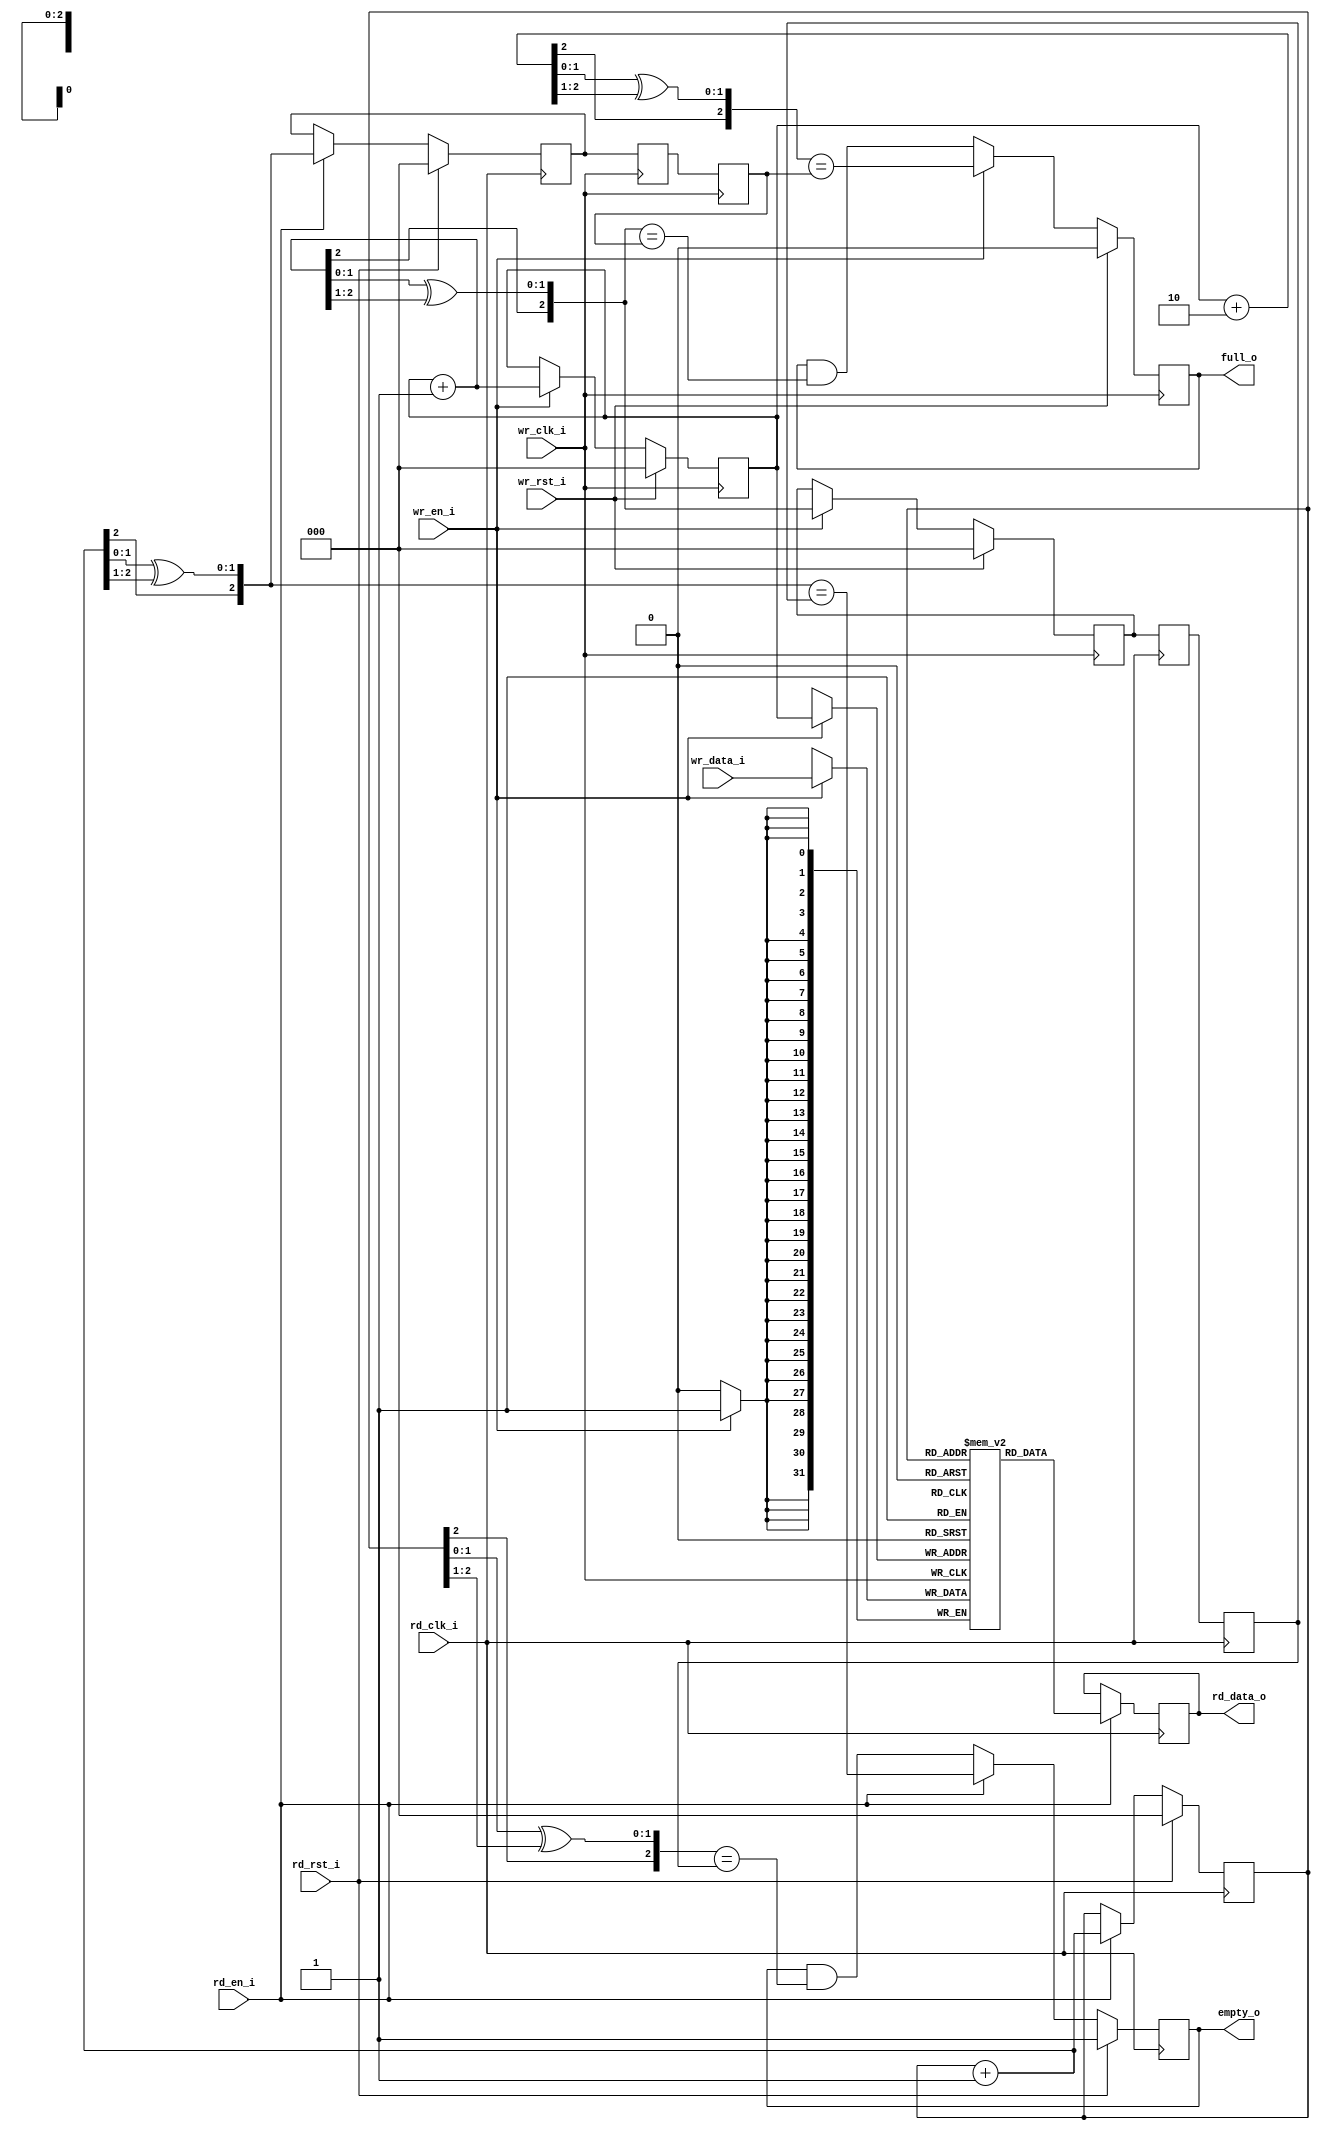
/*
 * Copyright (c) 2012, Stefan Kristiansson <stefan.kristiansson@saunalahti.fi>
 * All rights reserved.
 *
 * Based on vga_fifo_dc.v in Richard Herveille's VGA/LCD core
 * Copyright (C) 2001 Richard Herveille <richard@asics.ws>
 *
 * Redistribution and use in source and non-source forms, with or without
 * modification, are permitted provided that the following conditions are met:
 *     * Redistributions of source code must retain the above copyright
 *       notice, this list of conditions and the following disclaimer.
 *     * Redistributions in non-source form must reproduce the above copyright
 *       notice, this list of conditions and the following disclaimer in the
 *       documentation and/or other materials provided with the distribution.
 *
 * THIS WORK IS PROVIDED BY THE COPYRIGHT HOLDERS AND CONTRIBUTORS "AS IS"
 * AND ANY EXPRESS OR IMPLIED WARRANTIES, INCLUDING, BUT NOT LIMITED TO,
 * THE IMPLIED WARRANTIES OF MERCHANTABILITY AND FITNESS FOR A PARTICULAR
 * PURPOSE ARE DISCLAIMED. IN NO EVENT SHALL THE COPYRIGHT HOLDER OR
 * CONTRIBUTORS BE LIABLE FOR ANY DIRECT, INDIRECT, INCIDENTAL, SPECIAL,
 * EXEMPLARY, OR CONSEQUENTIAL DAMAGES (INCLUDING, BUT NOT LIMITED TO,
 * PROCUREMENT OF SUBSTITUTE GOODS OR SERVICES;
 * LOSS OF USE, DATA, OR PROFITS; OR BUSINESS INTERRUPTION) HOWEVER CAUSED AND
 * ON ANY THEORY OF LIABILITY, WHETHER IN CONTRACT, STRICT LIABILITY, OR TORT
 * (INCLUDING NEGLIGENCE OR OTHERWISE) ARISING IN ANY WAY OUT OF THE USE OF THIS
 * WORK, EVEN IF ADVISED OF THE POSSIBILITY OF SUCH DAMAGE.
 */

module dual_clock_fifo #(
	parameter ADDR_WIDTH = 3,
	parameter DATA_WIDTH = 32
)
(
	input wire 			wr_rst_i,
	input wire 			wr_clk_i,
	input wire 			wr_en_i,
	input wire [DATA_WIDTH-1:0]	wr_data_i,

	input wire 			rd_rst_i,
	input wire 			rd_clk_i,
	input wire 			rd_en_i,
	output reg [DATA_WIDTH-1:0]	rd_data_o,

	output reg 			full_o,
	output reg 			empty_o
);

reg [ADDR_WIDTH-1:0]	wr_addr;
reg [ADDR_WIDTH-1:0]	wr_addr_gray;
reg [ADDR_WIDTH-1:0]	wr_addr_gray_rd;
reg [ADDR_WIDTH-1:0]	wr_addr_gray_rd_r;
reg [ADDR_WIDTH-1:0]	rd_addr;
reg [ADDR_WIDTH-1:0]	rd_addr_gray;
reg [ADDR_WIDTH-1:0]	rd_addr_gray_wr;
reg [ADDR_WIDTH-1:0]	rd_addr_gray_wr_r;

function [ADDR_WIDTH-1:0] gray_conv;
input [ADDR_WIDTH-1:0] in;
begin
	gray_conv = {in[ADDR_WIDTH-1],
		     in[ADDR_WIDTH-2:0] ^ in[ADDR_WIDTH-1:1]};
end
endfunction

always @(posedge wr_clk_i) begin
	if (wr_rst_i) begin
		wr_addr <= 0;
		wr_addr_gray <= 0;
	end else if (wr_en_i) begin
		wr_addr <= wr_addr + 1'b1;
		wr_addr_gray <= gray_conv(wr_addr + 1'b1);
	end
end

// synchronize read address to write clock domain
always @(posedge wr_clk_i) begin
	rd_addr_gray_wr <= rd_addr_gray;
	rd_addr_gray_wr_r <= rd_addr_gray_wr;
end

always @(posedge wr_clk_i)
	if (wr_rst_i)
		full_o <= 0;
	else if (wr_en_i)
		full_o <= gray_conv(wr_addr + 2) == rd_addr_gray_wr_r;
	else
		full_o <= full_o & (gray_conv(wr_addr + 1'b1) == rd_addr_gray_wr_r);

always @(posedge rd_clk_i) begin
	if (rd_rst_i) begin
		rd_addr <= 0;
		rd_addr_gray <= 0;
	end else if (rd_en_i) begin
		rd_addr <= rd_addr + 1'b1;
		rd_addr_gray <= gray_conv(rd_addr + 1'b1);
	end
end

// synchronize write address to read clock domain
always @(posedge rd_clk_i) begin
	wr_addr_gray_rd <= wr_addr_gray;
	wr_addr_gray_rd_r <= wr_addr_gray_rd;
end

always @(posedge rd_clk_i)
	if (rd_rst_i)
		empty_o <= 1'b1;
	else if (rd_en_i)
		empty_o <= gray_conv(rd_addr + 1) == wr_addr_gray_rd_r;
	else
		empty_o <= empty_o & (gray_conv(rd_addr) == wr_addr_gray_rd_r);

// generate dual clocked memory
reg [DATA_WIDTH-1:0] mem[(1<<ADDR_WIDTH)-1:0];

always @(posedge rd_clk_i)
	if (rd_en_i)
		rd_data_o <= mem[rd_addr];

always @(posedge wr_clk_i)
	if (wr_en_i)
		mem[wr_addr] <= wr_data_i;
endmodule